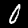
Label: 0